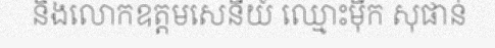
និងលោកឧត្តមសេនីយ៍ ឈ្មោះម៉ឹក សុផាន់